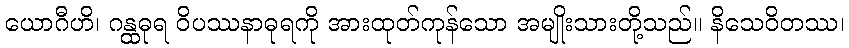
ယောဂီဟိ၊ ဂန္ထဓုရ ဝိပဿနာဓုရကို အားထုတ်ကုန်သော အမျိုးသားတို့သည်။ နိသေဝိတဿ၊